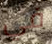
في